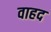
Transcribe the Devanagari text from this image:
वाहद